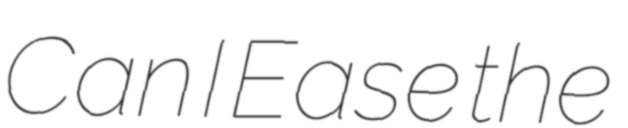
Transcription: Can I Ease the